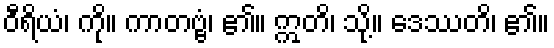
ဝီရိယံ၊ ကို။ ကာတဗ္ဗံ၊ ၏။ ဣတိ၊ သို့။ ဒေဿတိ၊ ၏။